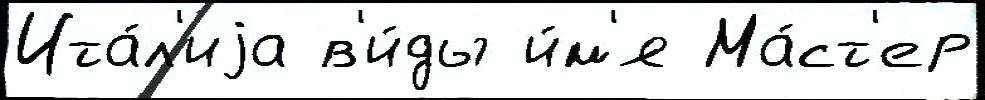
Ита́л'иjа в'и́ды и́м'я Ма́ст'ер